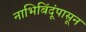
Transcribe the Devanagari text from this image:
नाभिबिंदूंपासून